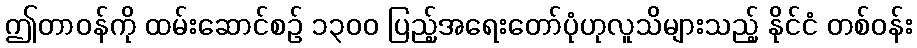
ဤတာဝန်ကို ထမ်းဆောင်စဉ် ၁၃၀၀ ပြည့်အရေးတော်ပုံဟုလူသိများသည့် နိုင်ငံ တစ်ဝန်း